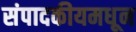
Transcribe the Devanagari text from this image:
संपादकीयमधून